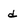
Character: d